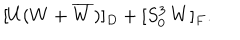
[ U ( W + \overline { { W } } ) ] _ { D } + [ S _ { 0 } ^ { 3 } \, W ] _ { F } .